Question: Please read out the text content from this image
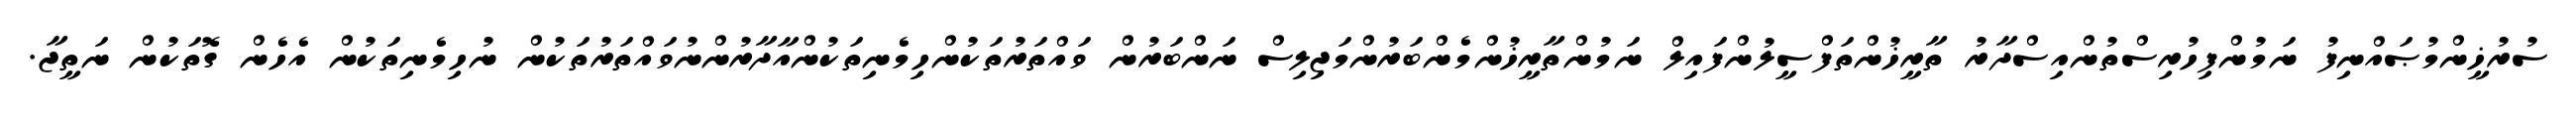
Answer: ސުރުޚީންމުޞައްނިފު ނަމުންފިހުރިސްތުންއިސްދާރު ތާރީޚުންތަފްސީލުންފައިލް ނަމުންތާރީޚުންމެންބަރުންމަޖިލިސް ނަންބަރުން ވައްތަރުތަކުންހިމެނިތަކުންއާދާރުންނުވައްތަރުތަކުން ނުހިމެނިތަކުން އެހެން ގޮތަކުން ނަތީޖާ.